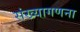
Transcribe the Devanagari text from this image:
संख्यागणना